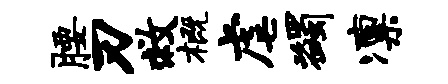
腰刃救概虐蠲凛